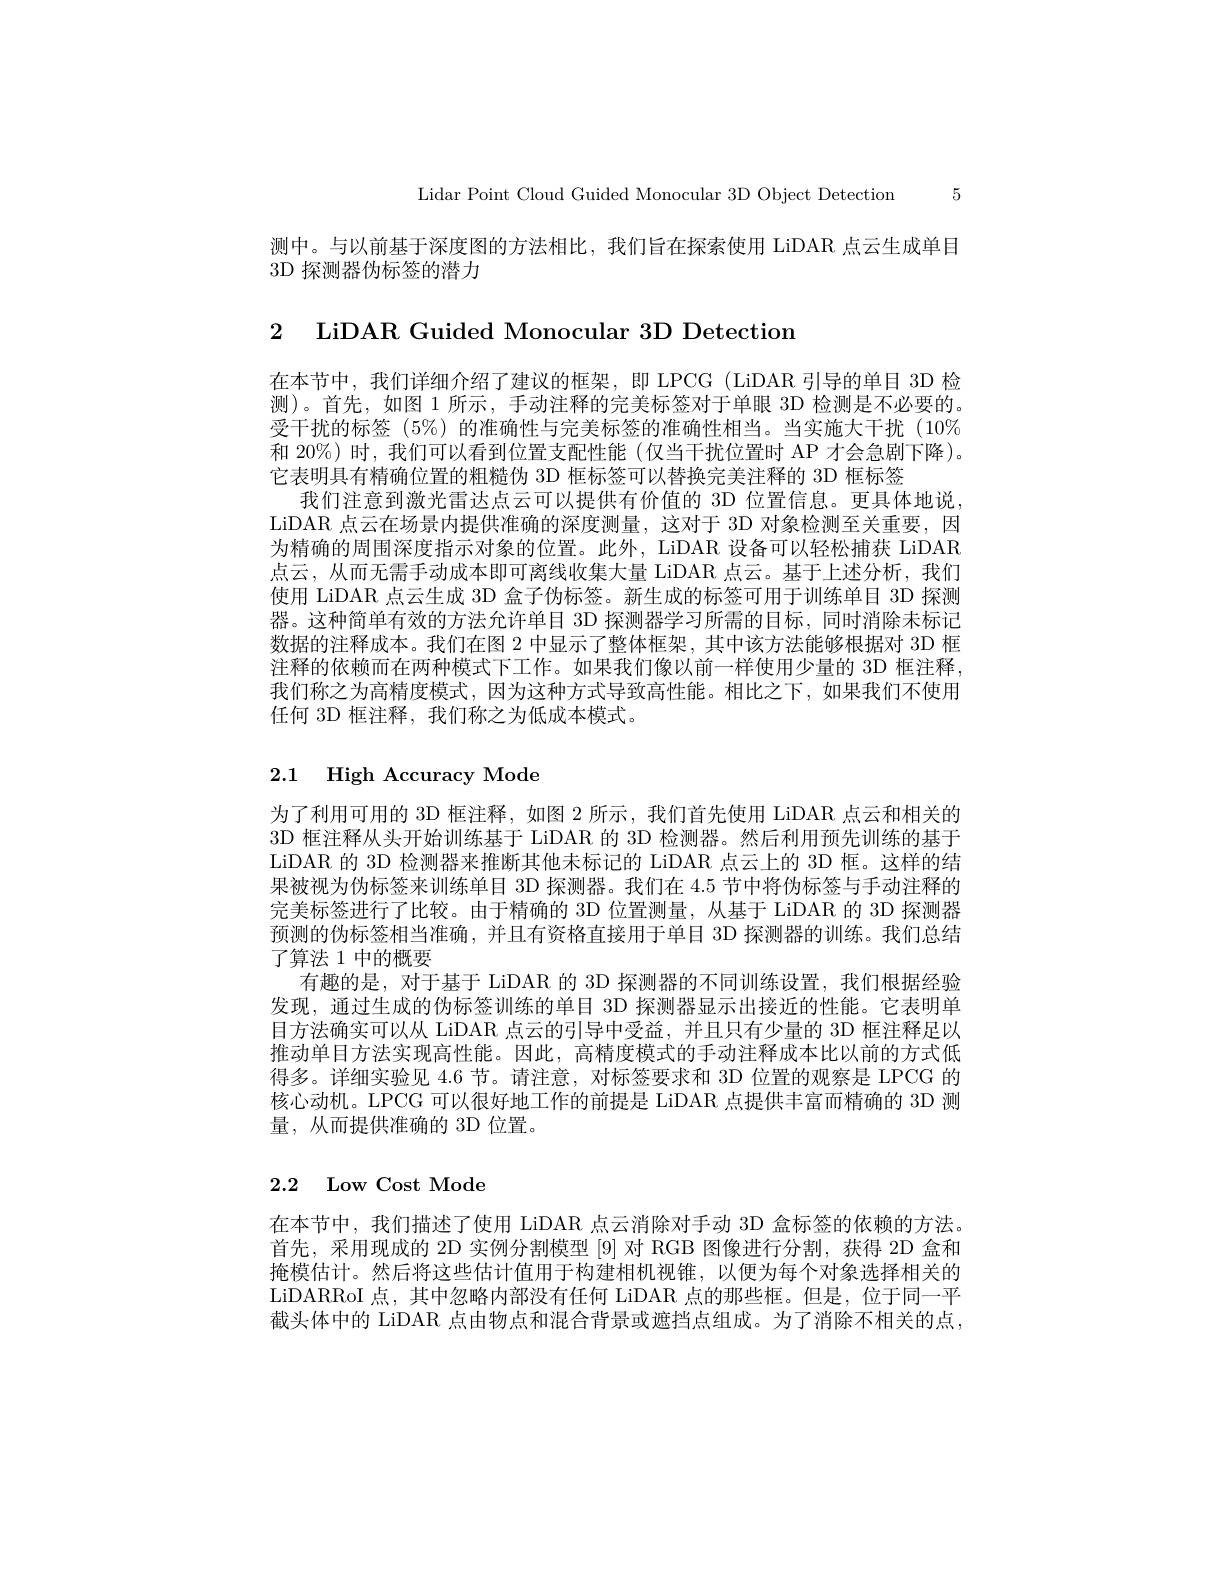
Lidar Point Cloud Guided Monocular 3D Object Detection 5

测中。与以前基于深度图的方法相比，我们旨在探索使用 LiDAR 点云生成单目
3D 探测器伪标签的潜力

2 LiDAR Guided Monocular 3D Detectiom

在本节中，我们详细介绍了建议的框架，即 LPCG (LiDAR 引导的单目 3D 检测)。首先，如图 1 所示，手动注释的完美标签对于单眼 3D 检测是不必要的。受干扰的标签 (5%) 的准确性与完美标签的准确性相当。当实施大干扰 (10% 和 20%) 时，我们可以看到位置支配性能(仅当干扰位置时 AP 才会急剧下降)。它表明具有精确位置的粗糙伪 3D 框标签可以替换完美注释的 3D 框标签
我们注意到激光雷达点云可以提供有价值的 3D 位置信息。更具体地说， LiDAR 点云在场景内提供准确的深度测量，这对于 3D 对象检测至关重要，因为精确的周围深度指示对象的位置。此外，LiDAR 设备可以轻松捕获 LiDAR 点云，从而无需手动成本即可离线收集大量 LiDAR 点云。基于上述分析，我们使用 LiDAR 点云生成 3D 盒子伪标签。新生成的标签可用于训练单目 3D 探测器。这种简单有效的方法允许单目 3D 探测器学习所需的目标，同时消除未标记数据的注释成本。我们在图 2 中显示了整体框架，其中该方法能够根据对 3D 框注释的依赖而在两种模式下工作。如果我们像以前一样使用少量的 3D 框注释我们称之为高精度模式，因为这种方式导致高性能。相比之下，如果我们不使用任何 3D 框注释，我们称之为低成本模式。

# 2.1 High Accuracy Mode

为了利用可用的 3D 框注释，如图 2 所示，我们首先使用 LiDAR 点云和相关的3D 框注释从头开始训练基于 LiDAR 的 3D 检测器。然后利用预先训练的基于LiDAR 的 3D 检测器来推断其他未标记的 LiDAR 点云上的 3D 框。这样的结果被视为伪标签来训练单目 3D 探测器。我们在 4.5 节中将伪标签与手动注释的完美标签进行了比较。由于精确的 3D 位置测量，从基于 LiDAR 的 3D 探测器预测的伪标签相当准确，并且有资格直接用于单目 3D 探测器的训练。我们总结了算法 1 中的概要
有趣的是，对于基于 LiDAR 的 3D 探测器的不同训练设置，我们根据经验发现，通过生成的伪标签训练的单目 3D 探测器显示出接近的性能。它表明单目方法确实可以从 LiDAR 点云的引导中受益，并且只有少量的 3D 框注释足以推动单目方法实现高性能。因此，高精度模式的手动注释成本比以前的方式低得多。详细实验见 4.6 节。请注意，对标签要求和 3D 位置的观察是 LPCG 的核心动机。LPCG 可以很好地工作的前提是 LiDAR 点提供丰富而精确的 3D 测量，从而提供准确的 3D 位置。

## 2.2 Low Cost Mode

在本节中，我们描述了使用 LiDAR 点云消除对手动 3D 盒标签的依赖的方法。首先，采用现成的 2D 实例分割模型 [9] 对 RGB 图像进行分割，获得 2D 盒和掩模估计。然后将这些估计值用于构建相机视锥，以便为每个对象选择相关的LiDARRoI 点，其中忽略内部没有任何 LiDAR 点的那些框。但是，位于同一平截头体中的 LiDAR 点由物点和混合背景或遮挡点组成。为了消除不相关的点，